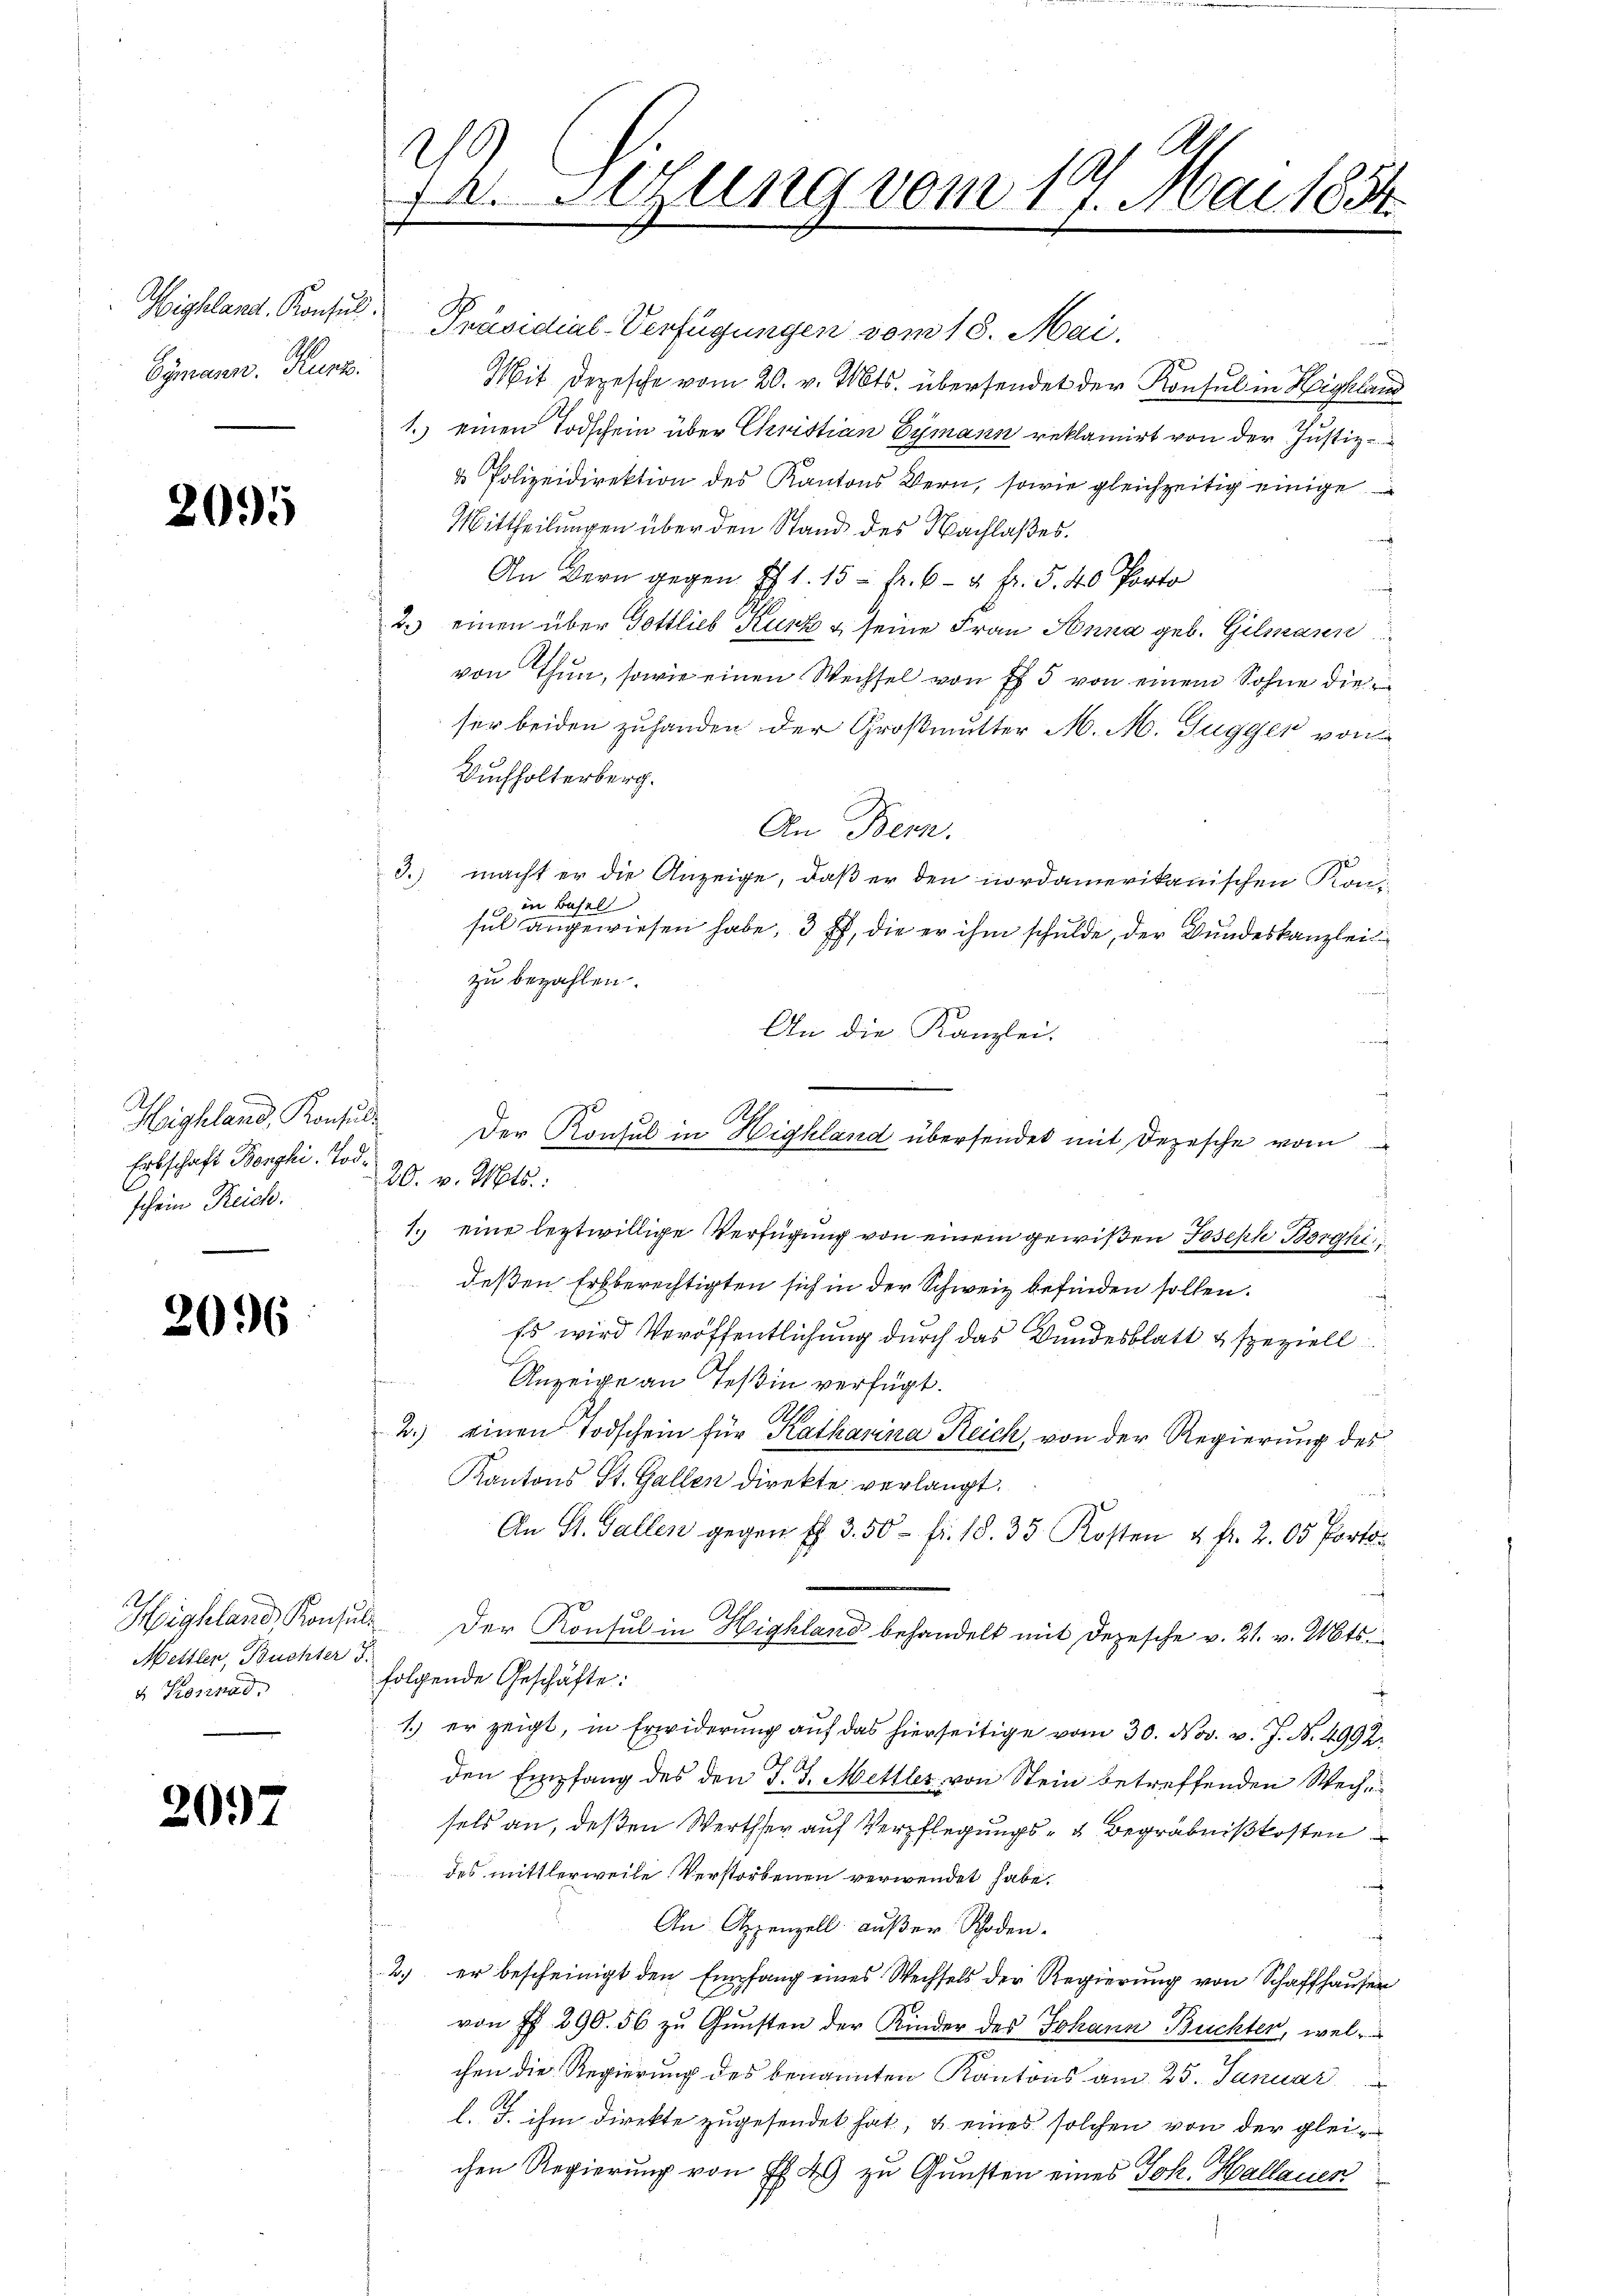
Highland. Konsul
Gyranno. Kurz.

2095

Highland, Konsul
Erbschaft Borphi. Tod.
schein Reich.

2096

Mettler, Buchter T
u Kronad

2097

S.
fr. Sitzung vom 17. Mai 1854.

Präsidial-Verfügungen vom 18. Mai.
Mit Depesche vom 20. v. Mts. übersendet der Konsul in Highland
1.) einen Todschein über Christian Eymann reklamirt von der Justiz-
& Polizeidirektion des Kantons Bern, sowie gleichzeitig einige
Mittheilungen über den Stand des Nachlaßes.

An Bern gegen 11. 15 - Fr. 6 - 2 Fr. 5.40 Porto
2. einen über Gottlieb Kurz & seine Frau Anna geb. Gilmann
von Thun, sowie einen Wechsel von E 5 von einem Sohne die
ser beiden zuhanden der Großmutter M. M. Tugger von
Buchholterberg.
An Bern.
3.) macht er die Anzeige, daß er den nordamerikanischen Kon-
je in Basel
sel angewiesen habe, 3 ff, die er ihm schulde, der Bundeskanzlei
zu bezahlen.
An die Kanzlei.
1. eine leztwillige Verfügung von einem gewißen Joseph Borgni
deßen Erbberechtigten sich in der Schweiz befinden sollen.
Es wird Veröffentlichung durch das Bundesblatt & speziell
Anzeige an Teßin verfügt.
2.) einen Todschein für Katharina Reich, von der Regierung des
Kantons St. Gallen direkte verlangt.
An St. Gallen gegen fl. 3. 50 fr. 18. 35 Kosten u. fr. 2. 05 Porto
h
Highland, Konsul der Konsul in Highland behandelt mit Depesche v. 21. v. Mts.
folgende Geschäfte:
1.) er zeigt, in Erwiderung auf das hierseitige vom 30. Nov. v. J. N. 4992.
den Empfang des den J. J. Mettler von Stein betreffenden Wechsels an, deßen Werthser auf Verpflegungs- & Begräbnißkosten
des mittlerweile Verstorbenen verwendet habe.
f
An Appenzell außer Rhoden-
2. er bescheinigt den Empfang eines Wechsels der Regierung von Schaffhauser
von ff. 290. 56 zu Gunsten der Kinder des Johann Buchter, welchen die Regierung des benannten Kantons am 25. Januar
l. J. ihm direkte zugesendet hat, & eines solchen von der gleichen Regierung von fl. 49 zu Gunsten eines Joh. Hallauen

Der Konsul in Highland übersendet mit Depesche vom
20. v. Mts.